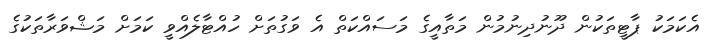
އެކަމަކު ޕާޓީތަކުން ދޫނުދިނުމުން މަތާއީގެ މަސައްކަތް އެ ވަގުތަށް ހުއްޓާލެއްވީ ކަމަށް މަޝްވަރާތަކުގެ